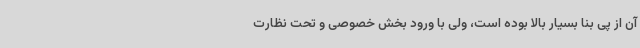
آن از پی بنا بسیار بالا بوده است، ولی با ورود بخش خصوصی و تحت نظارت